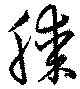
膝